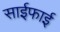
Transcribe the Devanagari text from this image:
साईफाई